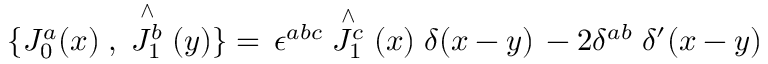
\{ J _ { 0 } ^ { a } ( x ) \; , \; \stackrel { \wedge } { J _ { 1 } ^ { b } } ( y ) \} = \, \epsilon ^ { a b c } \stackrel { \wedge } { J _ { 1 } ^ { c } } ( x ) \; \delta ( x - y ) \, - 2 \delta ^ { a b } \; \delta ^ { \prime } ( x - y )